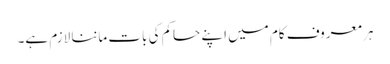
ہر معروف کام میں اپنے حاکم کی بات ماننا لازم ہے۔